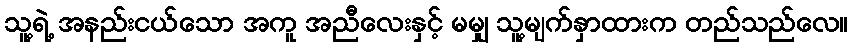
သူ့ရဲ့ အနည်းငယ်သော အကူ အညီလေးနှင့် မမျှ သူ့မျက်နှာထားက တည်သည်လေ။